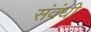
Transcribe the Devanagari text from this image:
संवंधी